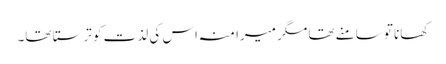
کھانا تو سامنے تھا مگر میرا منہ اس کی لذت کو ترستا تھا۔